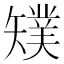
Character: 𥐁